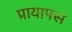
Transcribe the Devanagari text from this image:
प्रायापस